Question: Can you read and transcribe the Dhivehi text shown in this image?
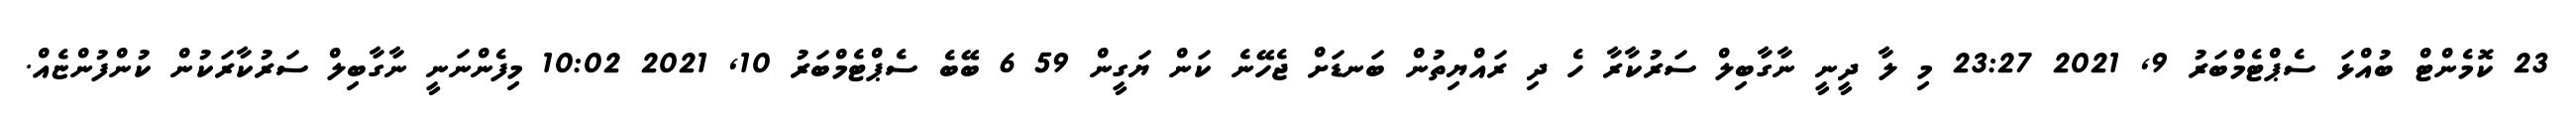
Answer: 23 ކޮމެންޓް ބުއްޅަ ސެޕްޓެމްބަރު 9, 2021 23:27 މި ލާ ދީނީ ނާގާބިލް ސަރުކާރާ ހެ ދި ރައްޔިތުން ބަނޑަށް ޖެހޭނެ ކަން ޔަގީން 59 6 ބޭބެ ސެޕްޓެމްބަރު 10, 2021 10:02 މިފެންނަނީ ނާގާބިލް ސަރުކާރަކުން ކުންފުންޏެއް.